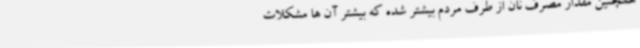
همچنین مقدار مصرف نان از طرف مردم بیشتر شده که بیشتر آن ها مشکلات